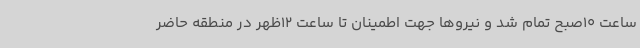
ساعت 10صبح تمام شد و نیروها جهت اطمینان تا ساعت 12ظهر در منطقه حاضر